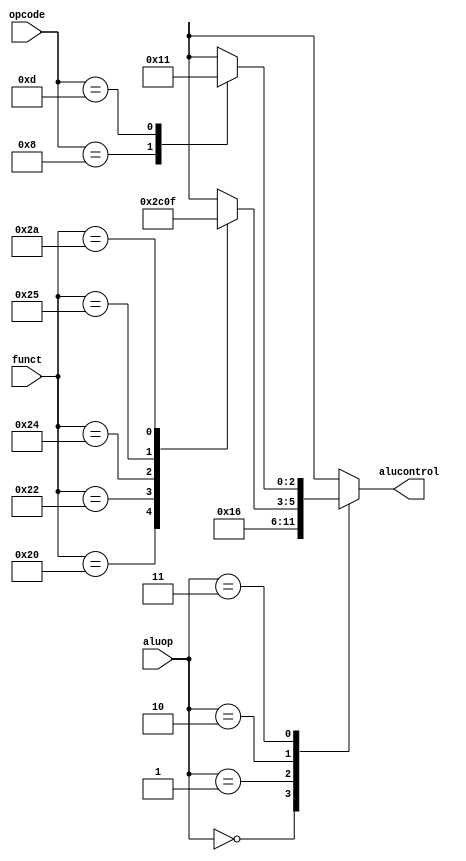
module aludec(   
    input [5:0]opcode,
    input [5:0]funct,
    input [1:0]aluop,
    output reg [2:0] alucontrol
  
    );
    always @(*)
    begin
        case(aluop)
            2'b00:alucontrol<=3'b010;//ADD_LW_SW_ADDI
            2'b01:alucontrol<=3'b110;//SUB_BEQ
            2'b10:case(funct) //R_Type
                    6'b100000:alucontrol<=3'b010;//ADD
                    6'b100010:alucontrol<=3'b110;//SUB
                    6'b100100:alucontrol<=3'b000;//AND
                    6'b100101:alucontrol<=3'b001;//OR
                    6'b101010:alucontrol<=3'b111;//SLT
                    default:alucontrol<=3'bxxx;
                endcase
    2'b11:case(opcode)
            6'b001000:alucontrol<=3'b010;//ADDI
        6'b001101:alucontrol<=3'b001;//ORI
        default:alucontrol<=3'bxxx;//NOT Used
          endcase
         endcase
        
      end
endmodule